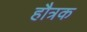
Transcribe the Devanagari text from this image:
हौत्रक